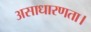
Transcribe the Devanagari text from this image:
असाधारणता।